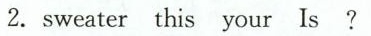
2.sweater this your Is?